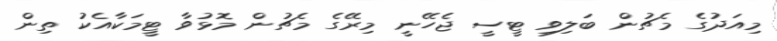
މިއަދުގެ މެޗުން ބަލިވި ޓީސީ ޖެހޭނީ މިރޭގެ މެޗުން މޮޅުވާ ޓީމަކާއެކު ތިން